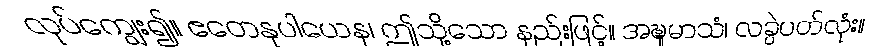
လုပ်ကျွေး၍။ ဧတေနုပါယေန၊ ဤသို့သော နည်းဖြင့်။ အဍ္ဎုမာသံ၊ လခွဲပတ်လုံး။